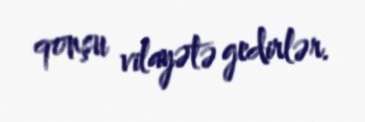
qonşu vilayətə gedirlər.